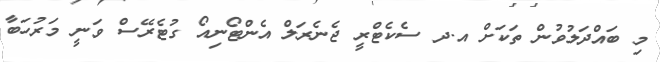
މި ބައްދަލުވުން ތަކަށް އ.ދ ސެކެޓްރީ ޖެނެރަލް އެންޓޯނިއޯ ގުޓެރޭސް ވަނީ މަރުހަބާ